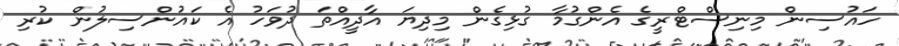
ހައުސިން މިނިސްޓްރީގެ އެންގުމާ ގުޅިގެން މިދިޔަ އާދީއްތަ ދުވަހު އެ ކައުންސިލުން ކުރި